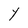
Character: Y